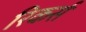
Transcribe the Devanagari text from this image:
रिकर्स